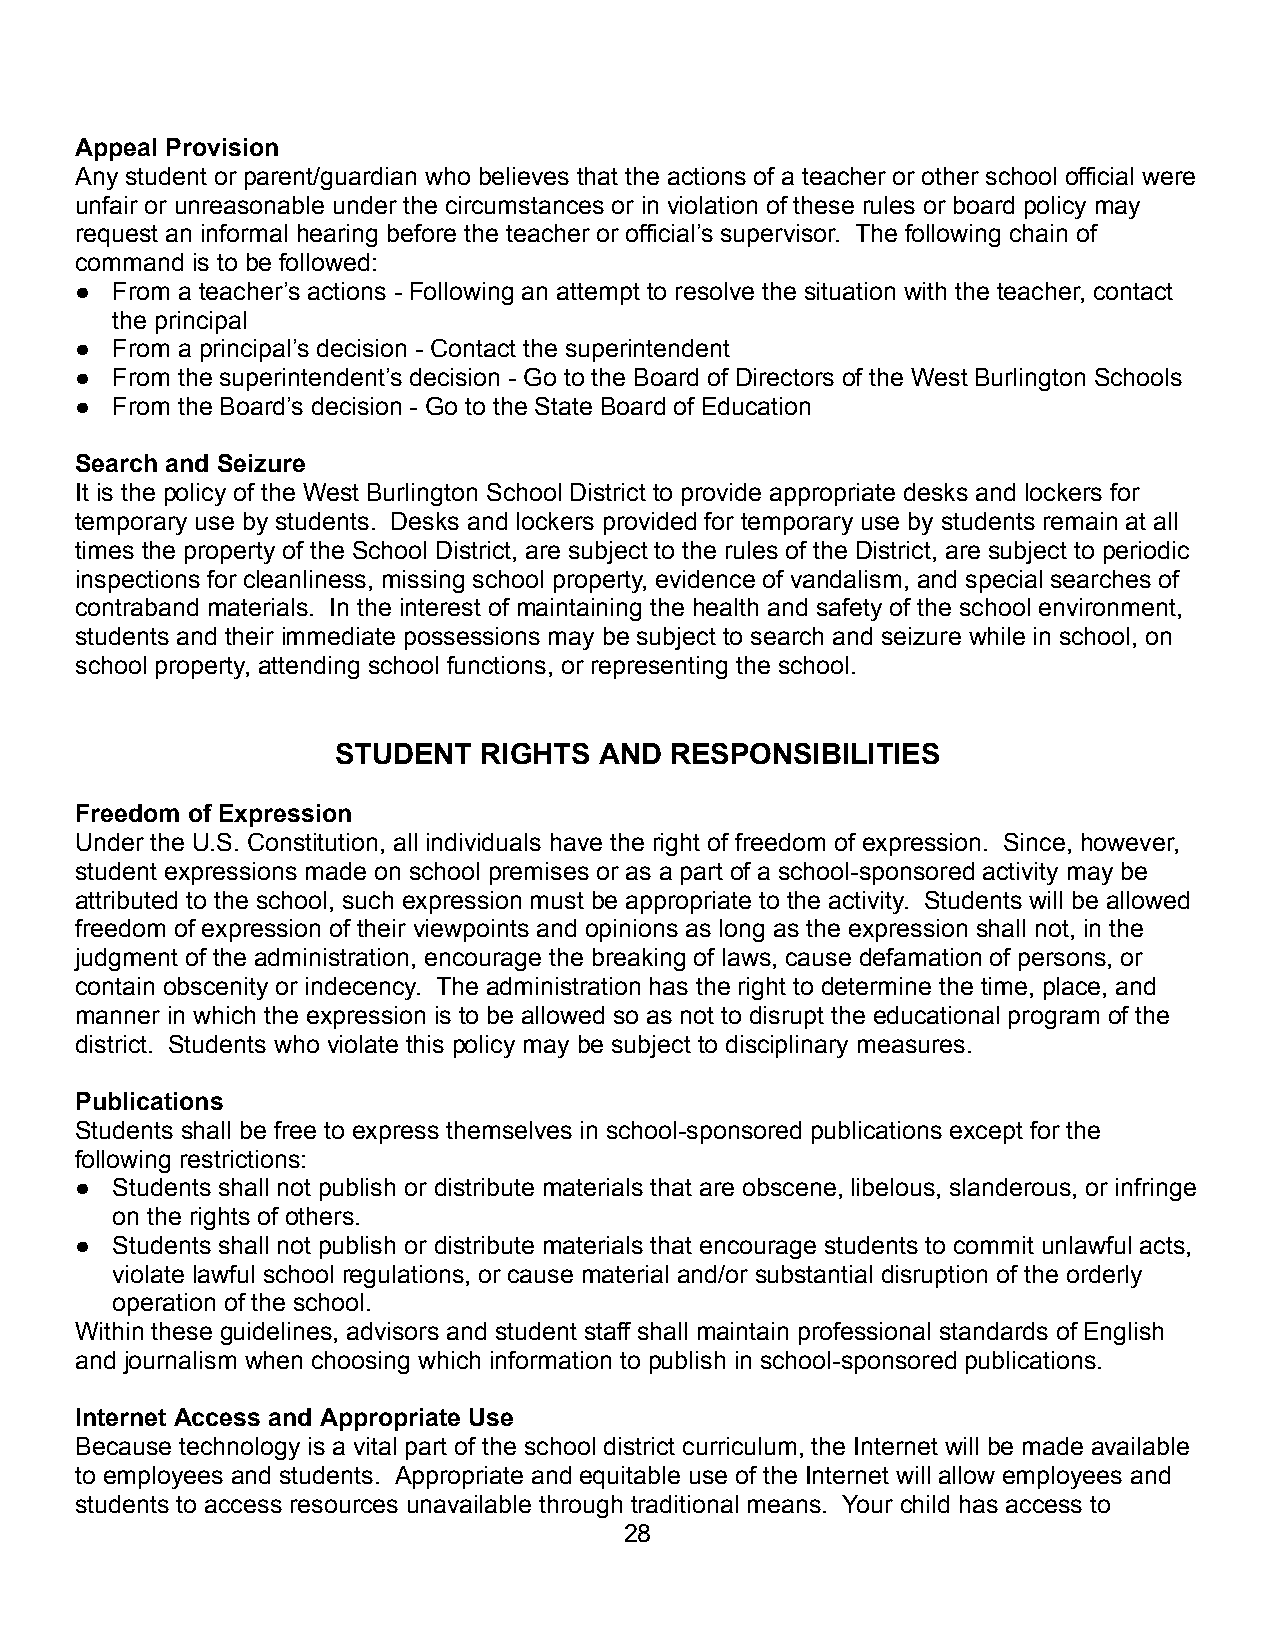
Appeal Provision
 Any student or parent/guardian who believes that the actions of a teacher or other school official were
 unfair or unreasonable under the circumstances or in violation of these rules or board policy may
 request an informal hearing before the teacher or official’s supervisor. The following chain of
 command is to be followed:
 ● From a teacher’s actions - Following an attempt to resolve the situation with the teacher, contact
 the principal
 ● From a principal’s decision - Contact the superintendent
 ● From the superintendent’s decision - Go to the Board of Directors of the West Burlington Schools
 ● From the Board’s decision - Go to the State Board of Education
 Search and Seizure
 It is the policy of the West Burlington School District to provide appropriate desks and lockers for
 temporary use by students. Desks and lockers provided for temporary use by students remain at all
 times the property of the School District, are subject to the rules of the District, are subject to periodic
 inspections for cleanliness, missing school property, evidence of vandalism, and special searches of
 contraband materials. In the interest of maintaining the health and safety of the school environment,
 students and their immediate possessions may be subject to search and seizure while in school, on
 school property, attending school functions, or representing the school.
 STUDENT   RIGHTS  AND RESPONSIBILITIES
 Freedom of Expression
 Under the U.S. Constitution, all individuals have the right of freedom of expression. Since, however,
 student expressions made on school premises or as a part of a school-sponsored activity may be
 attributed to the school, such expression must be appropriate to the activity. Students will be allowed
 freedom of expression of their viewpoints and opinions as long as the expression shall not, in the
 judgment of the administration, encourage the breaking of laws, cause defamation of persons, or
 contain obscenity or indecency. The administration has the right to determine the time, place, and
 manner in which the expression is to be allowed so as not to disrupt the educational program of the
 district. Students who violate this policy may be subject to disciplinary measures.
 Publications
 Students shall be free to express themselves in school-sponsored publications except for the
 following restrictions:
 ● Students shall not publish or distribute materials that are obscene, libelous, slanderous, or infringe
 on the rights of others.
 ● Students shall not publish or distribute materials that encourage students to commit unlawful acts,
 violate lawful school regulations, or cause material and/or substantial disruption of the orderly
 operation of the school.
 Within these guidelines, advisors and student staff shall maintain professional standards of English
 and journalism when choosing which information to publish in school-sponsored publications.
 Internet Access and Appropriate Use
 Because technology is a vital part of the school district curriculum, the Internet will be made available
 to employees and students. Appropriate and equitable use of the Internet will allow employees and
 students to access resources unavailable through traditional means. Your child has access to
 28